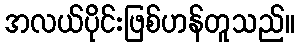
အလယ်ပိုင်းဖြစ်ဟန်တူသည်။